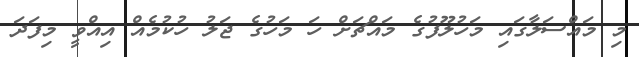
މި މައްސަލާގައި މަހުލޫފުގެ މައްޗަށް ހަ މަހުގެ ޖަލު ހުކުމެއް އިއްވީ މިފަދަ